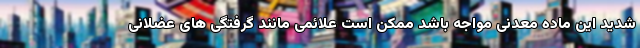
شدید این ماده معدنی مواجه باشد ممکن است علائمی مانند گرفتگی های عضلانی